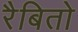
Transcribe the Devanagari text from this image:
रैबितो